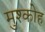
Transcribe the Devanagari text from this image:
मुश्कोह